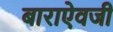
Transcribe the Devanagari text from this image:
बाराऐवजी